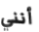
أنني